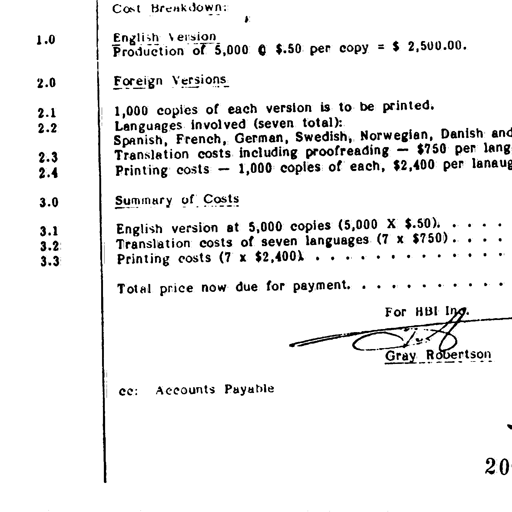
Cost Breakdown:

1.0 English Version
Production of 5,000 @ $.50 per copy = $ 2,500.00

2.0 Foreign Versions

2.1 1,000 copies of each version is to be printed.
2.2 Languages involved (seven total):
Spanish, French, German, Swedish, Norwegian, Danish and
2.3 Translation costs including proofreading - $750 per lang
2.4 Printing costs - 1,000 copies of each, $2,400 per langu

3.0 Summary of Costs

3.1 English version at 5,000 copies (5,000 X $.50) . . . .
3.2 Translation costs of seven languages (7 x $750) . . . .
3.3 Printing costs (7 x $2,400) . . . . . . . . . . . . .

Total price now due for payment . . . . . . . . . . . .

For HBI Inc.
Gray Robertson
Gray Robertson

cc: Accounts Payable

20